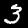
Digit: 3